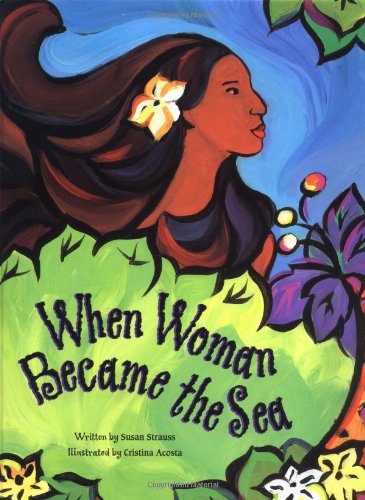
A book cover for When Woman Became the Sea: A Costa Rican Creation Myth; Susan Strauss; Children's Books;